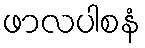
ဖာလပါစနံ